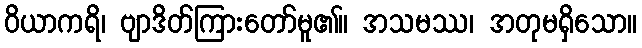
ဝိယာကရိ၊ ဗျာဒိတ်ကြားတော်မူ၏။ အသမဿ၊ အတုမရှိသော။